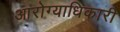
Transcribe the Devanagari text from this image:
आरोग्याधिकारी